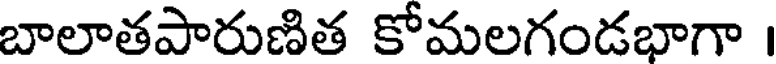
బాలాతపారుణిత కోమలగండభాగా